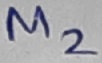
Text: M2